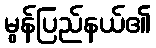
မွန်ပြည်နယ်၏